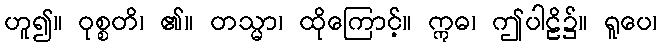
ဟူ၍။ ဝုစ္စတိ၊ ၏။ တသ္မာ၊ ထိုကြောင့်။ ဣဓ၊ ဤပါဠိ၌။ ရူပေ၊